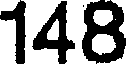
148